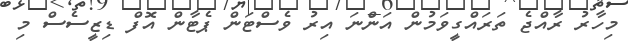
މިހާރު ރާއްޖެ ތަރައްގީވަމުން އަންނަ އިރު ވެސްޓަން ޕެޓާން އޮފް ޑިޒީސެސް މި